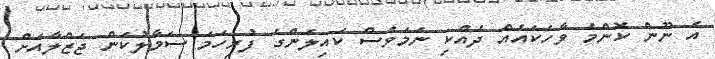
އެ ނޫން ކޮންމެ ވާހަކައެއް ދެއްކި ނަމަވެސް ކައިލަންގެ ފުރިހަމަ ސަމާލުކަން ޖަޒްލާއަށް